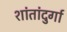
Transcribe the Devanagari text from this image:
शांतांदुर्गा